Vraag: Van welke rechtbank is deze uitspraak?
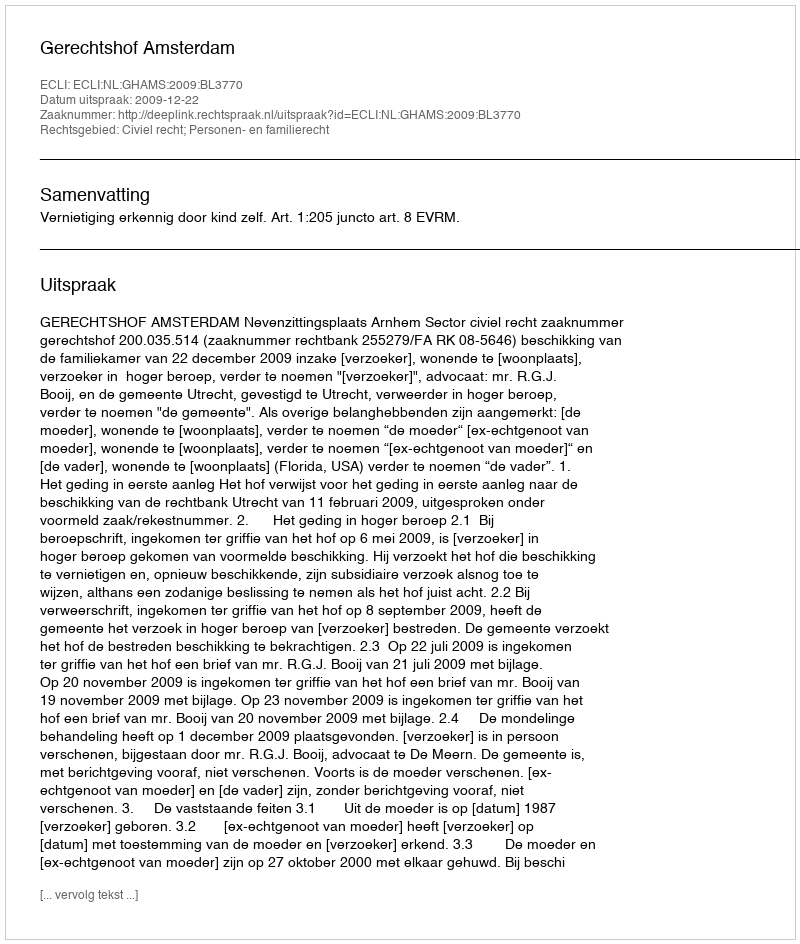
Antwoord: Gerechtshof Amsterdam